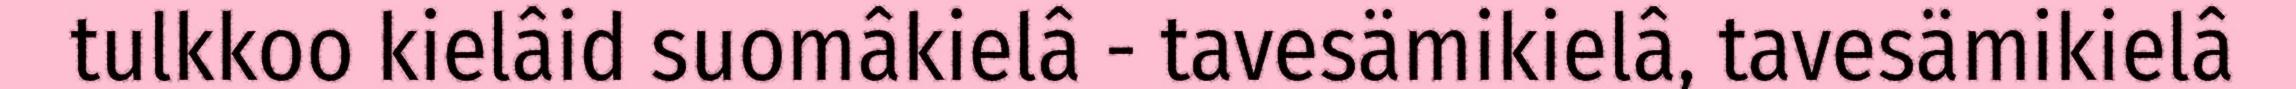
tulkkoo kielâid suomâkielâ - tavesämikielâ, tavesämikielâ